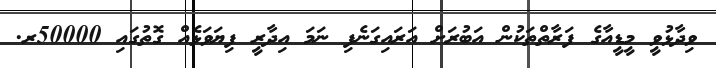
ވިދާޅުވީ މީޑީއާގެ ފަރާތްތަކުން އަބުރަށް އަރައިގަނެފި ނަމަ އިދާރީ ފިޔަވަޅެއް ގޮތުގައި 50000ރ.